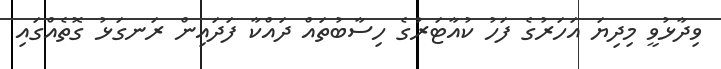
ވިދާޅުވީ މިދިޔަ އަހަރުގެ ފަހު ކުއާޓަރުގެ ހިސާބުތައް ދައްކާ ފަދައިން ރަނގަޅު ގޮތެއްގައި